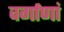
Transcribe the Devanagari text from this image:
वर्गाणां